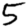
Digit: 5